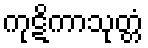
ကုဋိကာသုတ္တံ